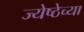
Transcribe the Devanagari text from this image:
ज्येष्ठेच्या